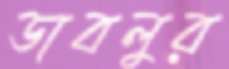
ডাবলুর